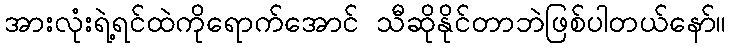
အားလုံးရဲ့ရင်ထဲကိုရောက်အောင် သီဆိုနိုင်တာဘဲဖြစ်ပါတယ်နော်။